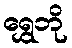
ရွှေဘို